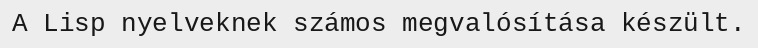
A Lisp nyelveknek számos megvalósítása készült.